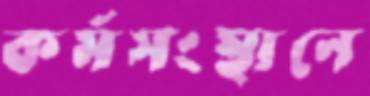
কর্মসংস্থানে